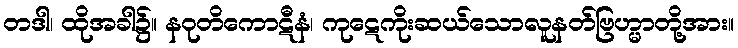
တဒါ၊ ထိုအခါ၌။ နဝုတိကောဋီနံ၊ ကုဋေကိုးဆယ်သောလူနတ်ဗြဟ္မာတို့အား။